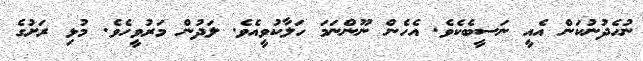
ނުހެދުނުކަން އެއީ ނަސީބެކެވެ. އެހެން ނޫންނަމަ ހަލާކުވީއެވެ. ލަދުން މަރުވީހެވެ. މުޅި ރަށުގެ